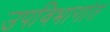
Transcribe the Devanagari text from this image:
उपविभागांत